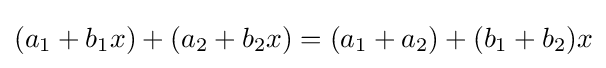
(a_{1}+b_{1}x)+(a_{2}+b_{2}x)=(a_{1}+a_{2})+(b_{1}+b_{2})x